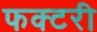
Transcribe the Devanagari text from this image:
फक्टरी